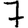
Digit: 7